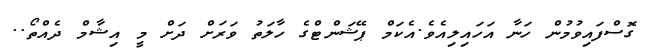
ގޮސްފައިވުމުން ހަނާ އަހައިލިއެވެ.އެކަމް ޕޭޝަންޓްގެ ހާލަތު ވަރަށް ދަށް މީ އިޝާމް ދެއްތޯ..